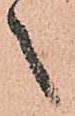
之